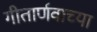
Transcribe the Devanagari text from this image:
गीतार्णवाच्या